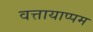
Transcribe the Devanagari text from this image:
वत्तायाप्पम